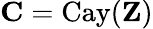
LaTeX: \mathbf{C}=\mathrm{Cay}(\mathbf{Z})